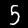
Label: 5